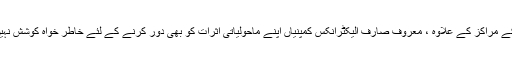
اعداد و شمار کے مراکز کے علاوہ ، معروف صارف الیکٹرانکس کمپنیاں اپنے ماحولیاتی اثرات کو بھی دور کرنے کے لئے خاطر خواہ کوشش نہیں کر رہی ہیں۔